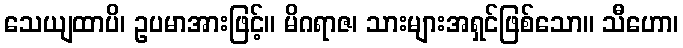
သေယျထာပိ၊ ဥပမာအားဖြင့်။ မိဂရာဇ၊ သားများအရှင်ဖြစ်သော။ သီဟော၊